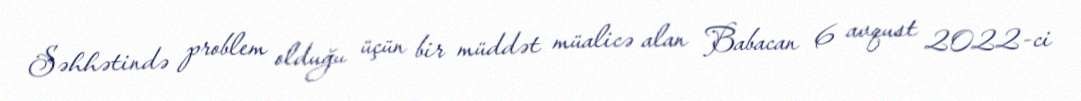
Səhhətində problem olduğu üçün bir müddət müalicə alan Babacan 6 avqust 2022-ci